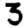
Digit: 3